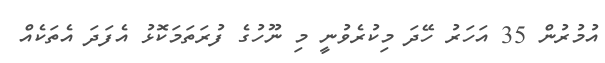
އުމުރުން 35 އަހަރު ހޭދަ މިކުރެވުނީ މި ނޫހުގެ ފުރަތަމަކޮޅު އެފަދަ އެތަކެއް